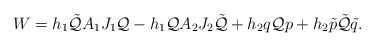
\begin{align*}W = h_1\tilde{\cal Q}A_1 J_1{\cal Q} - h_1{\cal Q}A_2 J_2\tilde{\cal Q} + h_2q{\cal Q} p + h_2\tilde{p}\tilde{\cal Q}\tilde{q}.\end{align*}